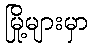
မြို့များမှာ